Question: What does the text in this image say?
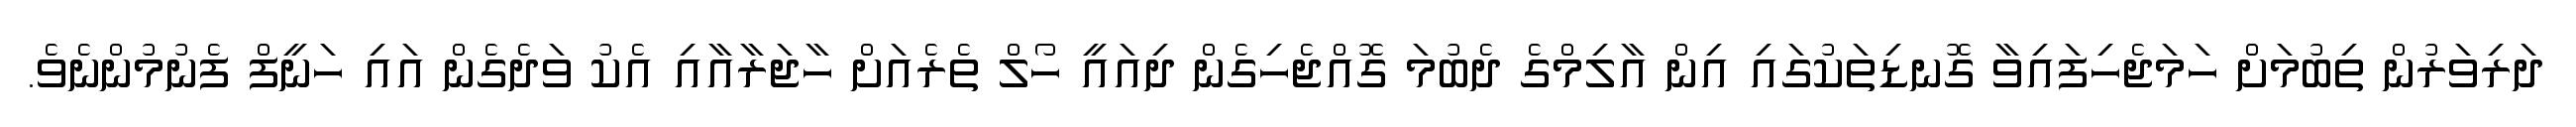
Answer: ދަރިވަރުން ތިބުމަށް ހަމަޖެހިފައިވާ ގޮނޑިތަކުގައި އިން އާލިމްގެ ދެބުމަ ގޮއްޖެހިގެން ދިއައީ ހޯލް ތެރެއަށް ހާޖަރާއާއި އެކު ވަދެގެން އައި ހަނީފް ފެނުމުންނެވެ.